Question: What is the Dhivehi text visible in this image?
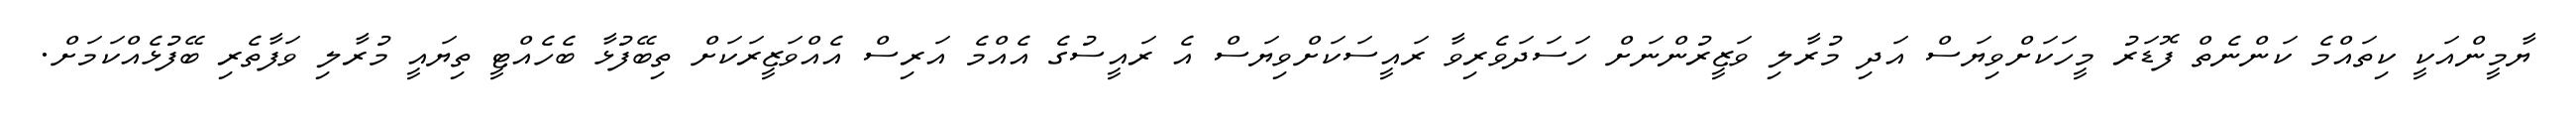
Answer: ޔާމީންއަކީ ކިތައްމެ ކަންނެތް ފޮޑަރު މީހަކަށްވިޔަސް އަދި މުރާލި ވަޒީރުންނަށް ހަސަދަވެރިވާ ރައީސަކަށްވިޔަސް އެ ރައީސުގެ އެއްމެ އަރިސް އެއްވަޒީރަކަށް ތިބޭފުޅާ ބެހެއްޓީ ތިޔައީ މުރާލި ވަފާތެރި ބޭފުޅެއްކަމަށް.